Report on the metropolitan horse fairs and district horse shows of 1892-93 - 1892-1893
Year: 1892
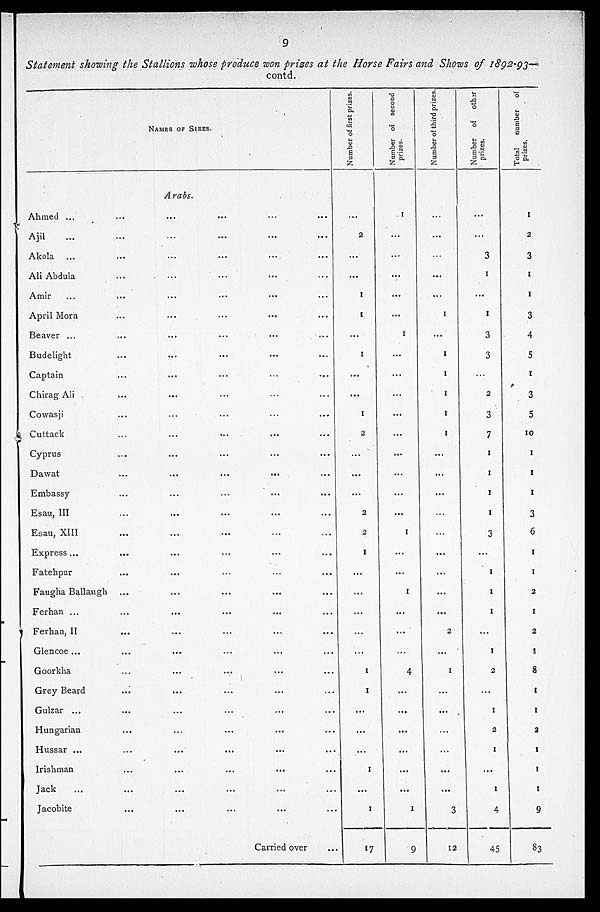
9
Statement showing the Stallions whose produce won prizes at the Horse Fairs and Shows of 1892-93—
contd.
NAMES OF SIRES.
Arabs.
Ahmed ... ... ... ... ...
Ajii ... ... ... ...
Akola ... ... ... ...
Ali Abdula ... ... ... ...
Amir ... ... ... ...
April Morn ... ... ... ...
Beaver ... ... ... ... ...
Budelight
...
...
...
...
...
Captain
...
...
...
...
...
Chirag Ali
...
...
...
...
...
Cowasji ... ... ... ...
Cuttack
...
...
...
...
...
Cyprus
...
...
...
...
...
Dawat ... ... ... ...
Embassy ... ... ... ...
Esau, III ... ... ... ...
Esau, XIII ... ... ... ...
Express ... ... ... ... ...
Fatchpur ... ... ... ...
Faugha Ballaugh ... ... ... ...
Fcrhan ... ... ... ... ...
Ferhan, II ... ... ... ...
Glencoc ... ... ... ... ...
Goorkha ... ... ... ...
Grey Beard ... ... ... ...
Gulzar ... ... ... ... ...
Hungarian ... ... ... ...
Hussar ... ... ... ... ...
Irishman ... ... ... ...
Jack ... ... ... ...
Jacobite ... ... ... ...
Carried over ...
Number of first prizes.
...
2
...
...
1
1
...
1
...
...
1
2
...
...
...
2
2
1
...
...
...
...
...
1
1
...
...
...
1
...
1
17
Number of second
prizes.
1
...
...
...
...
...
1
...
...
...
...
...
...
...
...
...
1
...
...
1
...
...
...
4
...
...
...
...
...
...
1
9
Number of third prizes
...
...
...
...
...
1
...
1
1
1
1
1
...
...
...
...
...
...
...
...
...
2
...
1
...
...
...
...
...
...
...
12
Number of other
prizes.
...
...
3
1
...
1
3
3
...
2
3
7
1
1
1
1
3
...
1
1
1
...
1
2
...
1
2
1
...
1
4
45
Total
number of
prizes.
1
2
3
1
1
3
4
5
1
3
5
10
1
1
1
3
6
1
1
2
1
2
1
8
1
1
2
1
1
1
9
83